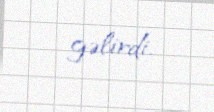
gəlirdi.